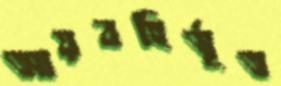
আয়বহির্ভূত